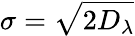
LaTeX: \sigma=\sqrt{2D_{\lambda}}